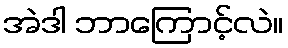
အဲဒါ ဘာကြောင့်လဲ။